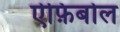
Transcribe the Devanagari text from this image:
ऐफ़िबोल